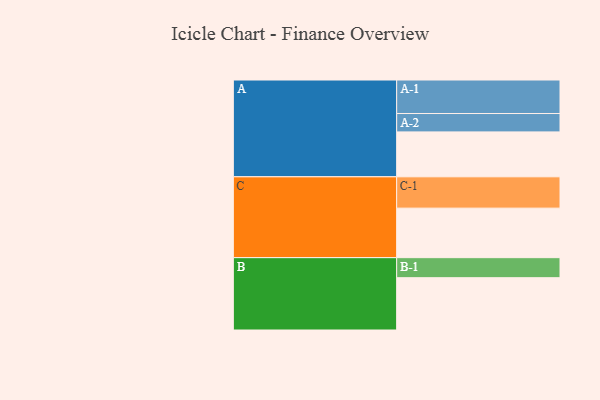
{"axis": {"x": "Segment", "y": "Value"}, "legend": ["", "A", "B", "C"], "data": [{"x": "A", "y": 323, "type": ""}, {"x": "B", "y": 376, "type": ""}, {"x": "C", "y": 356, "type": ""}, {"x": "A-1", "y": 241, "type": "A"}, {"x": "A-2", "y": 132, "type": "A"}, {"x": "B-1", "y": 144, "type": "B"}, {"x": "C-1", "y": 225, "type": "C"}]}